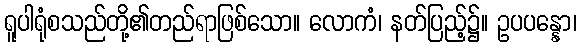
ရူပါရုံစသည်တို့၏တည်ရာဖြစ်သော။ လောကံ၊ နတ်ပြည့်၌။ ဥပပန္နော၊